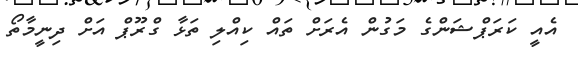
އެއީ ކަރަޕްޝަންގެ މަގުން އެރަށް ތައް ކިއްލި ތަޅާ ގްރޫޕް އަށް ދިނީމާތޯ